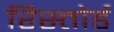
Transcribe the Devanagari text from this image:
रिस्तोर्ड